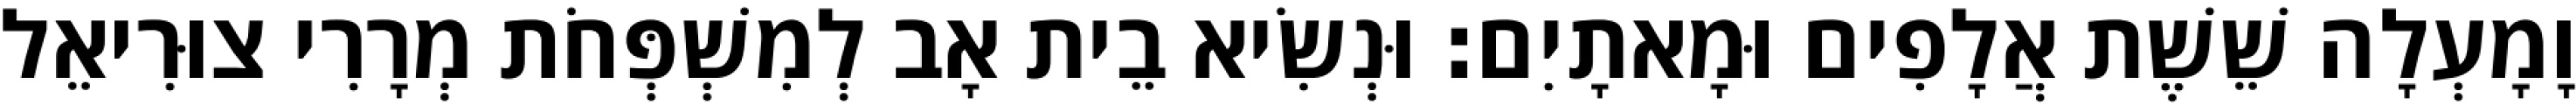
וָמָעְלָה שֵׁשֶׁת אֲלָפִים וּמָאתָיִם׃ וּנְשִׂיא בֵית אָב לְמִשְׁפְּחֹת מְרָרִי צוּרִיאֵל